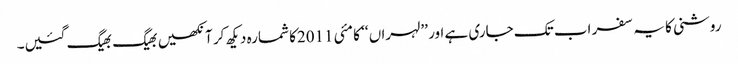
روشنی کا یہ سفر اب تک جاری ہے اور ’’لہراں ‘‘ کا مئی 2011کا شمارہ دیکھ کر آنکھیں بھیگ بھیگ گئیں۔